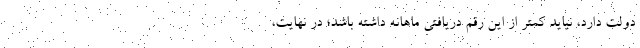
دولت دارد، نیاید کمتر از این رقم دریافتی ماهانه داشته باشد؛ در نهایت،